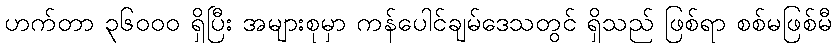
ဟက်တာ ၃၆၀၀၀ ရှိပြီး အများစုမှာ ကန်ပေါင်ချမ်ဒေသတွင် ရှိသည် ဖြစ်ရာ စစ်မဖြစ်မီ